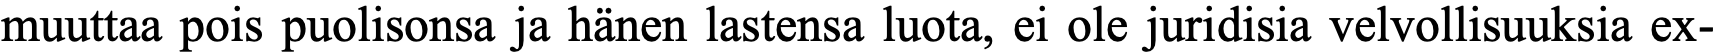
muuttaa pois puolisonsa ja hänen lastensa luota, ei ole juridisia velvollisuuksia ex-